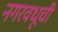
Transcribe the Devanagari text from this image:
नगरवधूची